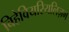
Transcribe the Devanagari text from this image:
बिहेवियरियलिज़म